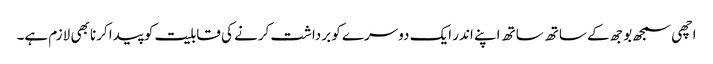
اچھی سمجھ بوجھ کے ساتھ ساتھ اپنے اندر ایک دوسرے کو برداشت کرنے کی قابلیت کو پیدا کرنا بھی لازم ہے۔